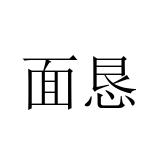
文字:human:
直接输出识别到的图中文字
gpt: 面恳